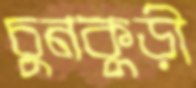
চুনকুড়ী